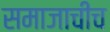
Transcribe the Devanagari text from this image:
समाजाचीच